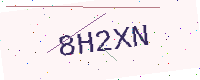
Text: 8H2XN